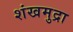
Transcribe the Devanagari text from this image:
शंखमुद्रा